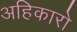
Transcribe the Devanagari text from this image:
अहिकारो